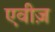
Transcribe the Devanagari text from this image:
एवीज़